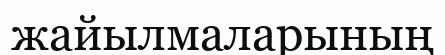
жайылмаларының